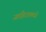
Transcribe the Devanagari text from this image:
जाहिरातमध्ये